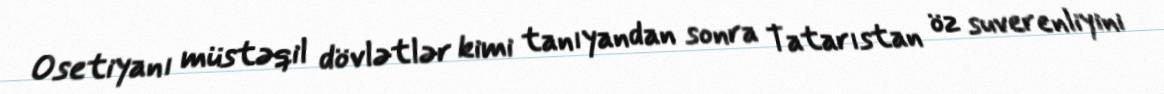
Osetiyanı müstəqil dövlətlər kimi tanıyandan sonra Tatarıstan öz suverenliyini